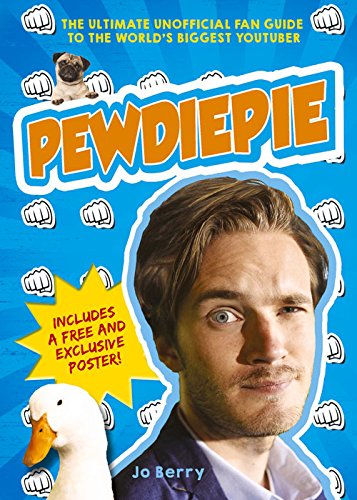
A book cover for PewDiePie: The Ultimate Unofficial Fan Guide to The World's Biggest Youtuber; Jo Berry; Humor & Entertainment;